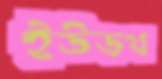
ইউডথ